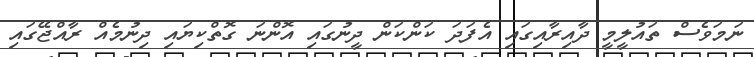
ނަމަވެސް ތައުލީމީ ދާއިރާއިގައި އެފަދަ ކަންކަން ދީނުގައި އޮންނަ ގޮތްކިޔައި ދިނުމެއް ރާއްޖޭގައި